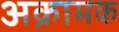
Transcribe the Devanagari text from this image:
अक्रामक